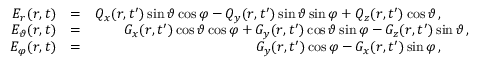
\begin{array} { r l r } { E _ { r } ( \boldsymbol { r } , t ) } & { = } & { Q _ { x } ( r , t ^ { \prime } ) \sin \vartheta \cos \varphi - Q _ { y } ( r , t ^ { \prime } ) \sin \vartheta \sin \varphi + Q _ { z } ( r , t ^ { \prime } ) \cos \vartheta \, , \quad \quad } \\ { E _ { \vartheta } ( \boldsymbol { r } , t ) } & { = } & { G _ { x } ( r , t ^ { \prime } ) \cos \vartheta \cos \varphi + G _ { y } ( r , t ^ { \prime } ) \cos \vartheta \sin \varphi - G _ { z } ( r , t ^ { \prime } ) \sin \vartheta \, , } \\ { E _ { \varphi } ( \boldsymbol { r } , t ) } & { = } & { G _ { y } ( r , t ^ { \prime } ) \cos \varphi - G _ { x } ( r , t ^ { \prime } ) \sin \varphi \, , \quad \quad } \end{array}